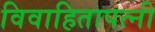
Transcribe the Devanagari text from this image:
विवाहितापत्नी